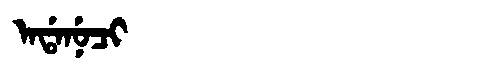
Manchu: ᠠᡩᠠᠨᡠᠴᡳ
Romanization: ADANUCI